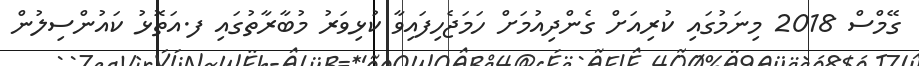
ގޭމްސް 2018 މިނަމުގައި ކުރިއަށް ގެންދިއުމަށް ހަމަޖެހިފައިވާ ކުޅިވަރު މުބާރާތުގައި ފ.އަތޮޅު ކައުންސިލުން